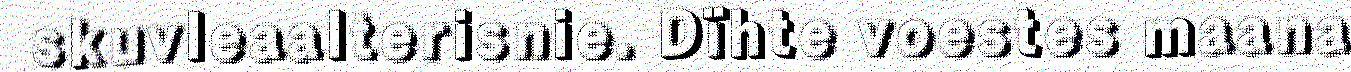
skuvleaalterisnie. Dïhte voestes maana